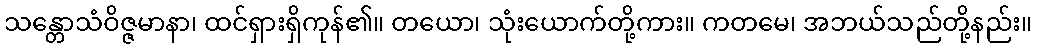
သန္တောသံဝိဇ္ဇမာနာ၊ ထင်ရှားရှိကုန်၏။ တယော၊ သုံးယောက်တို့ကား။ ကတမေ၊ အဘယ်သည်တို့နည်း။